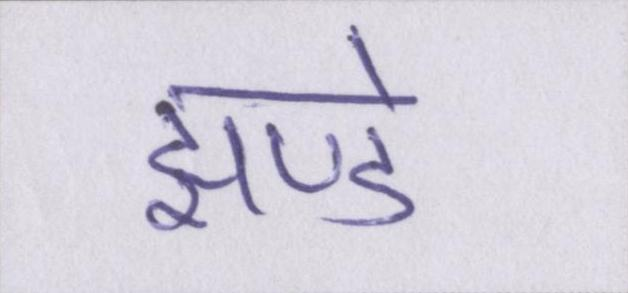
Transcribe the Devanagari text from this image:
झण्डे